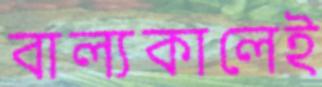
বাল্যকালেই